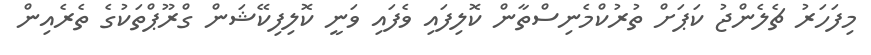
މިފަހަރު ޗެލެންޖު ކަޕަށް ތުރުކްމެނިސްތާން ކޮލިފައި ވެފައި ވަނީ ކޮލިފިކޭޝަން ގްރޫޕްތަކުގެ ތެރެއިން